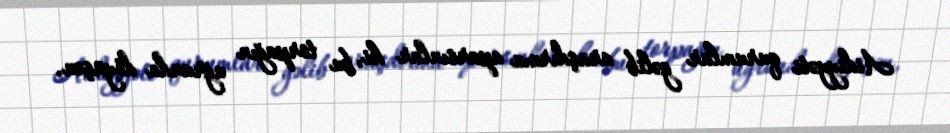
Aidiyyəti qurumlar gəlib araşdırma aparsınlar ki, bu torpağın uğrunda döyüşən,